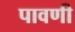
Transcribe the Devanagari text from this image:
पावणी